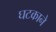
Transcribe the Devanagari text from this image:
घटकाने